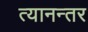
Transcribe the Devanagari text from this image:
त्यानन्तर